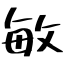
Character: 敏